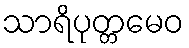
သာရိပုတ္တမေဝ